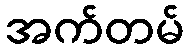
အက်တမ်